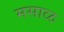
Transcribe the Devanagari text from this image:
मसाळ